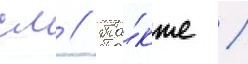
см // Та́кже /